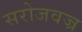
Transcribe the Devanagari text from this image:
सरोजवज्र